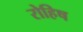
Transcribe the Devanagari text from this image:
रोहिष